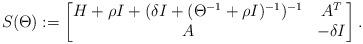
LaTeX: \begin{align*} S(\Theta):= \begin{bmatrix}H+\rho I + (\delta I +(\Theta^{-1}+ \rho I)^{-1})^{-1} & A^T \\A & -\delta I\end{bmatrix}.\end{align*}